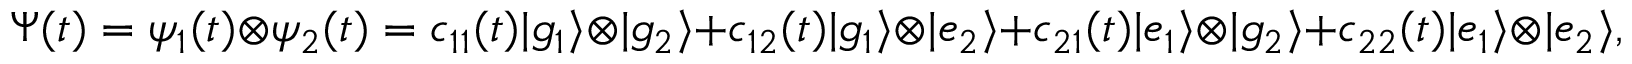
\Psi ( t ) = \psi _ { 1 } ( t ) \otimes \psi _ { 2 } ( t ) = c _ { 1 1 } ( t ) | g _ { 1 } \rangle \otimes | g _ { 2 } \rangle + c _ { 1 2 } ( t ) | g _ { 1 } \rangle \otimes | e _ { 2 } \rangle + c _ { 2 1 } ( t ) | e _ { 1 } \rangle \otimes | g _ { 2 } \rangle + c _ { 2 2 } ( t ) | e _ { 1 } \rangle \otimes | e _ { 2 } \rangle ,